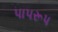
પાપરૂપ